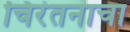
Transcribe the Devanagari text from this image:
चिरंतनाचा